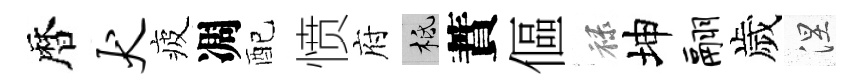
暦犬疲凋配愤府柢蕡傴禄坤翮歲涅